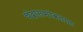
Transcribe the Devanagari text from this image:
चंद्रासभोवताल